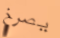
يصرخ